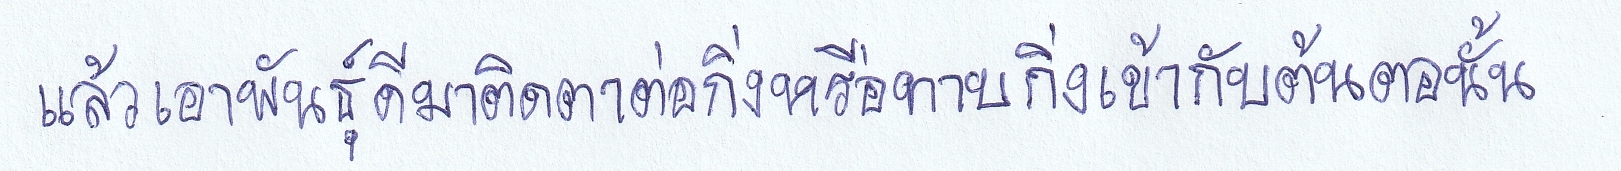
แล้วเอาพันธุ์ดีมาติดตาต่อกิ่งหรือทาบกิ่งเข้ากับต้นตอนั้น